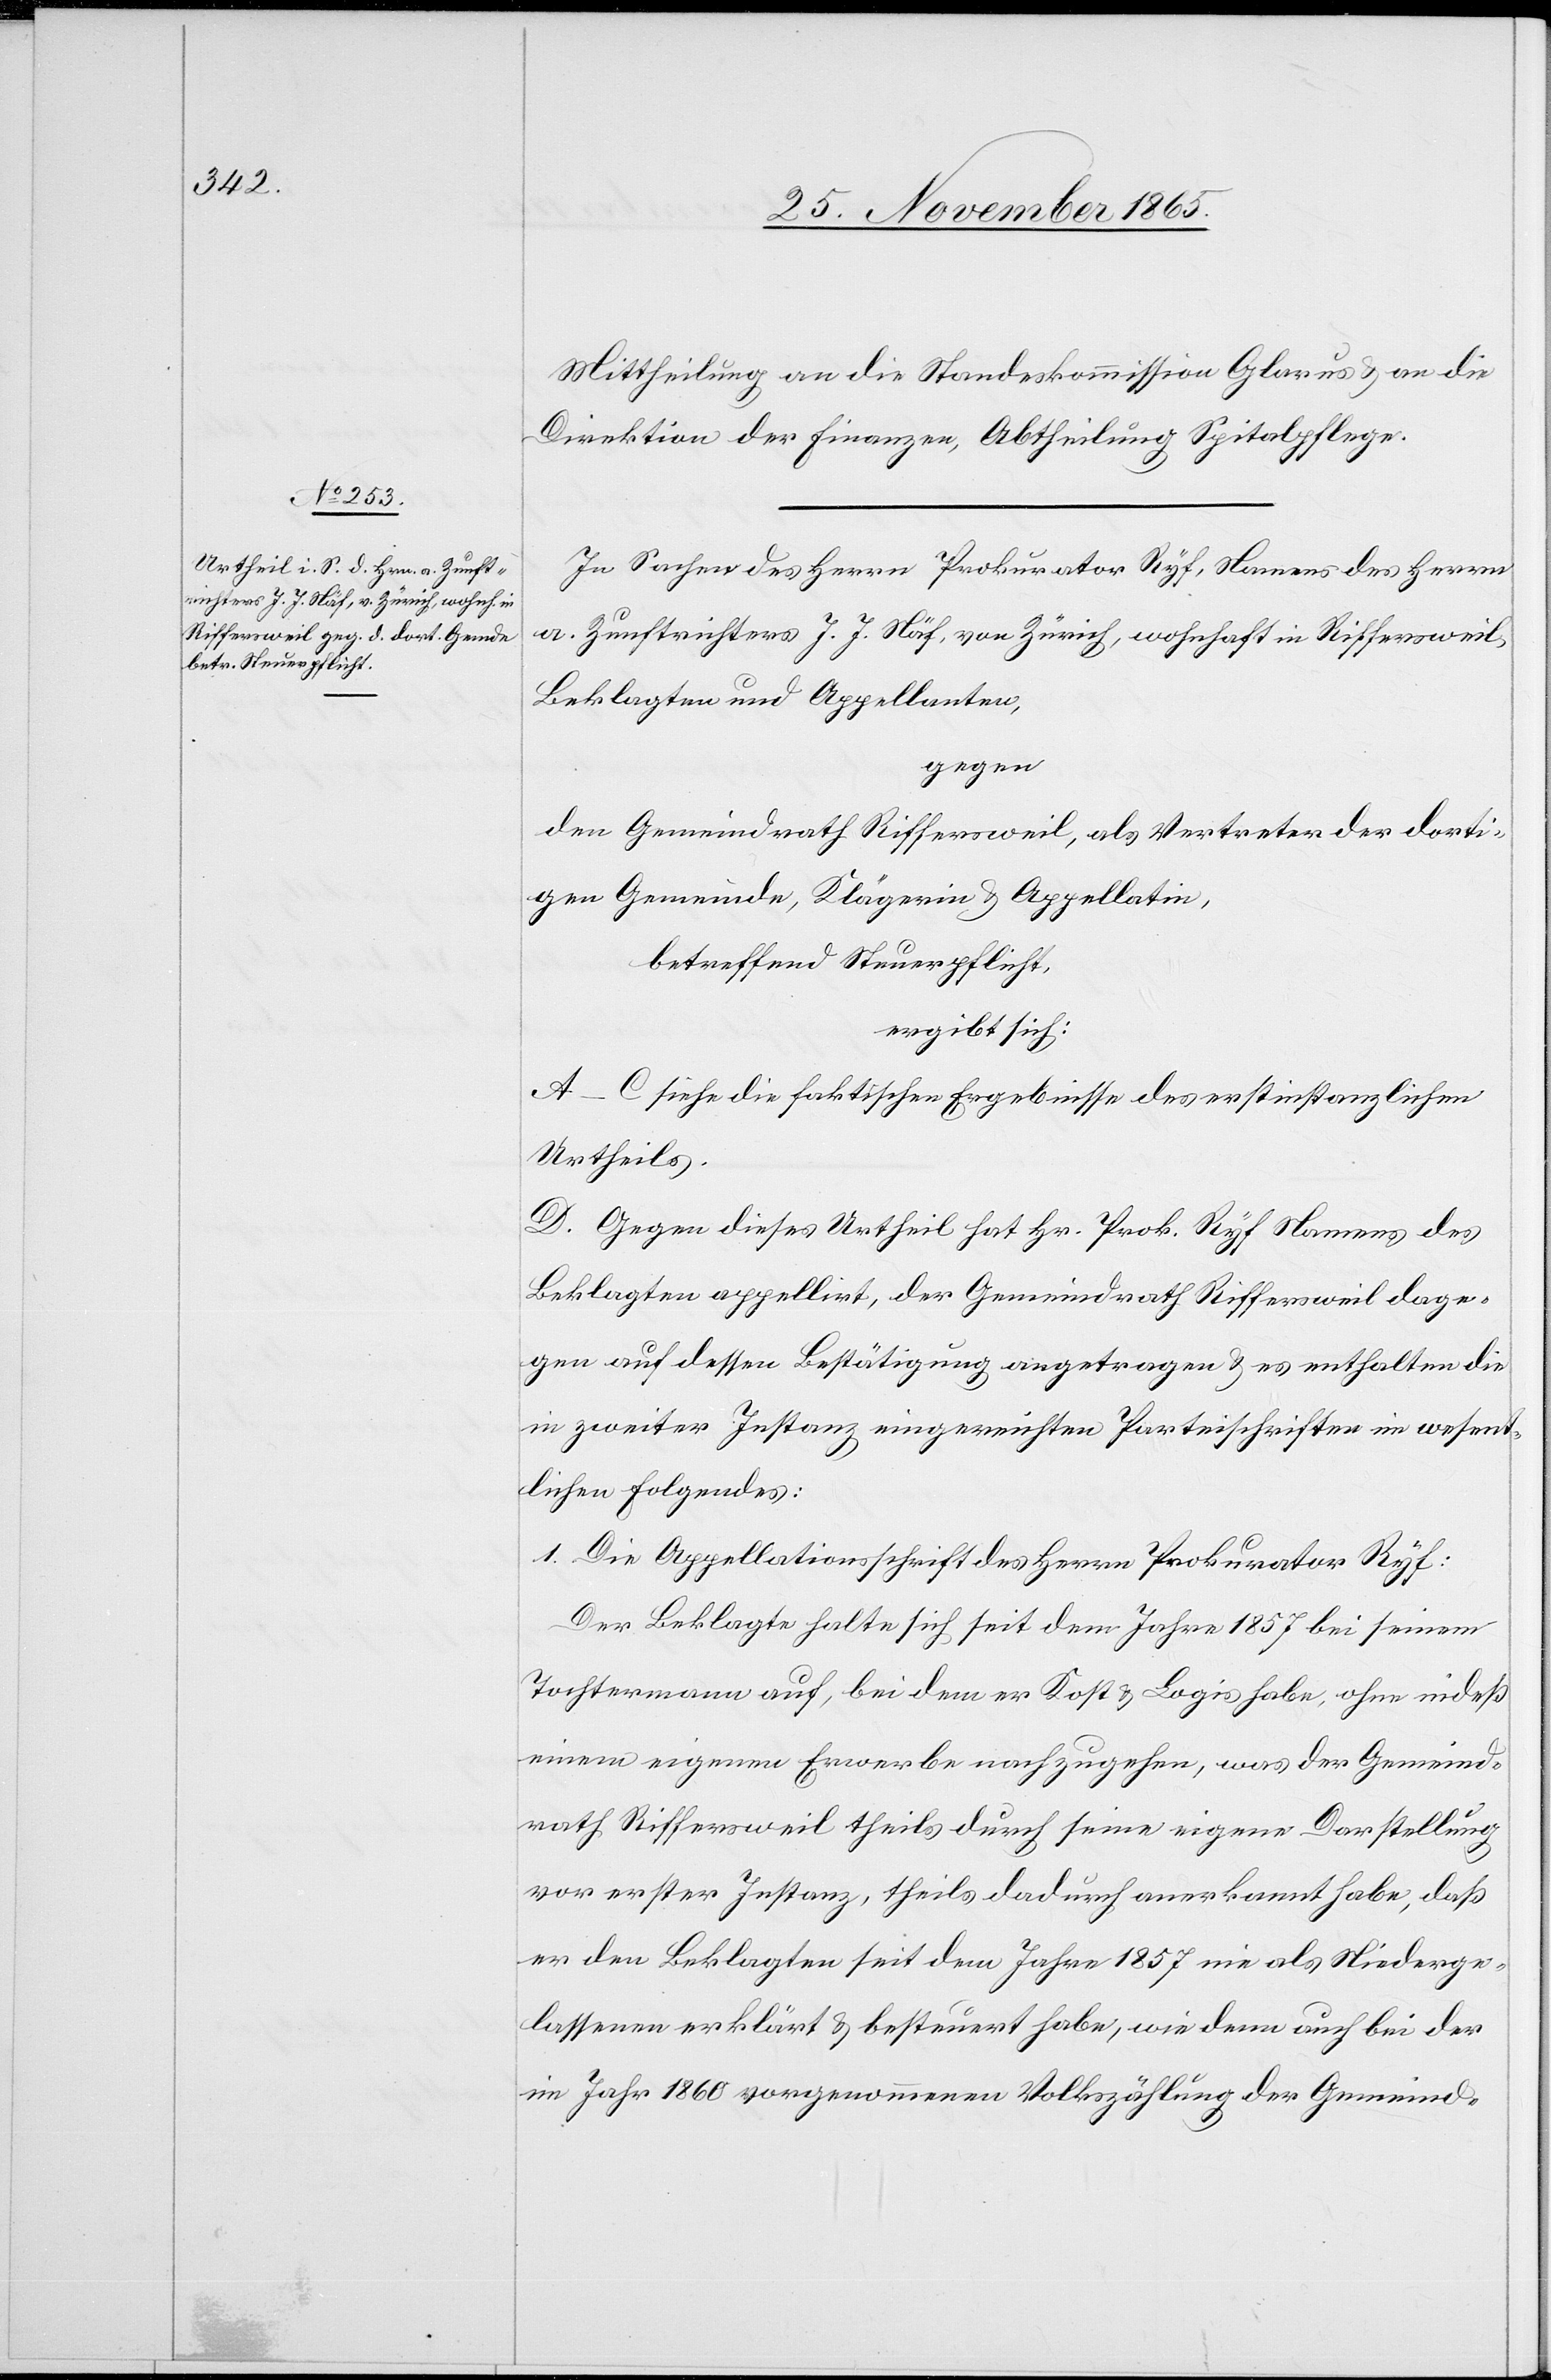
Mittheilung an die Standeskommission Glarus & an die
Direktion der Finanzen, Abtheilung Spitalpflege.
In Sachen des Herrn Prokurator Ryf, Namens des Herrn
a. Zunftrichters J. J. Näf, von Zürich, wohnhaft in Riffersweil,
Beklagten und Appellanten,
gegen
den Gemeindrath Riffersweil, als Vertreter der dorti¬
gen Gemeinde, Klägerin und Appellatin,
betreffend Steuerpflicht,
ergibt sich:
A–C siehe die faktischen Ergebnisse des erstinstanzlichen
Urtheils.
D. Gegen dieses Urtheil hat Hr. Prok. Ryf Namens des
Beklagten appellirt, der Gemeindrath Riffersweil dage¬
gen auf dessen Bestätigung angetragen & es enthalten die
in zweiter Instanz eingereichten Parteischriften im wesent¬
lichen Folgendes:
1. Die Appellationsschrift des Herrn Prokurator Ryf:
Der Beklagte halte sich seit dem Jahre 1857 bei seinem
Tochtermann auf, bei dem er Kost & Logis habe, ohne indeß
einem eigenen Erwerbe nachzugehen, was der Gemeind¬
rath Riffersweil theils durch seine eigene Darstellung
vor erster Instanz, theils dadurch anerkannt habe, daß
er den Beklagten seit dem Jahre 1857 nie als Niederge¬
lassenen erklärt & besteuert habe, wie denn auch bei der
im Jahr 1860 vorgenommenen Volkszählung der Gemeind-